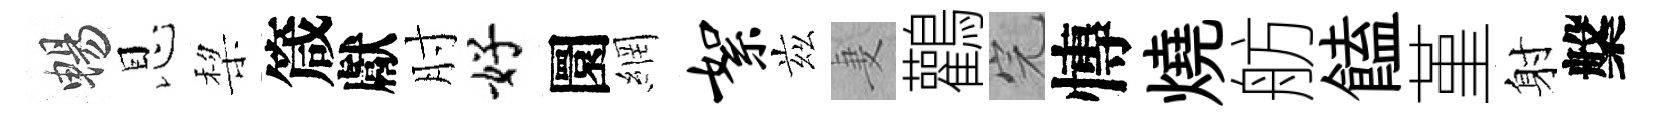
暢恩棃箴獻肘好圜網絮兹妻鸛完慱燒舫饁堇射槃